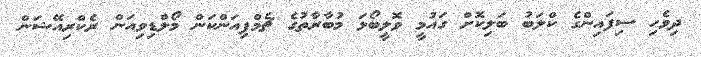
ދިވެހި ސިފައިންގެ ކްލަބު ބަލިކޮށް ގައުމީ ވޮލީބޯޅަ މުބާރާތުގެ ޗެމްޕިއަންކަން މޯލްޑިވިއަން ރެކްރިއޭޝަން